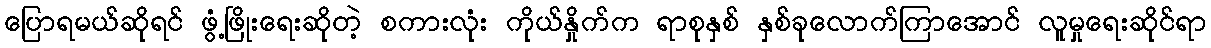
ပြောရမယ်ဆိုရင် ဖွံ့ဖြိုးရေးဆိုတဲ့ စကားလုံး ကိုယ်နှိုက်က ရာစုနှစ် နှစ်ခုလောက်ကြာအောင် လူမှုရေးဆိုင်ရာ